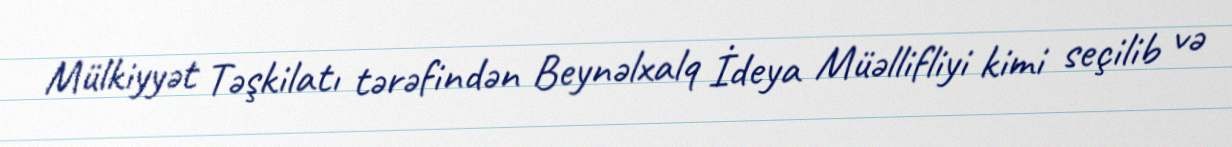
Mülkiyyət Təşkilatı tərəfindən Beynəlxalq İdeya Müəllifliyi kimi seçilib və